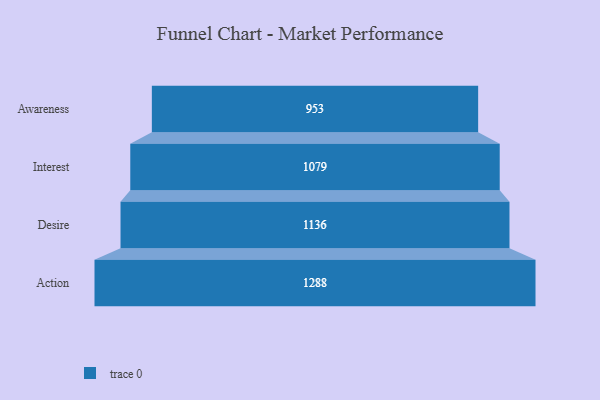
{"axis": {"x": "Stage", "y": "Value"}, "legend": [""], "data": [{"x": "Awareness", "y": 953.0, "type": ""}, {"x": "Interest", "y": 1079.0, "type": ""}, {"x": "Desire", "y": 1136.0, "type": ""}, {"x": "Action", "y": 1288.0, "type": ""}]}